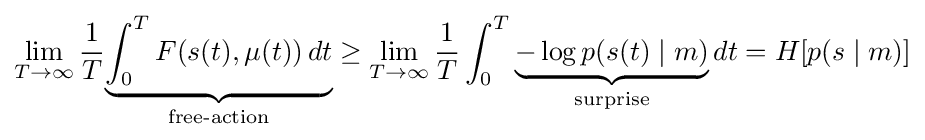
\lim _{T\to \infty }{\frac {1}{T}}{\underset {\text{free-action}}{\underbrace {\int _{0}^{T}F(s(t),\mu (t))\,dt} }}\geq \lim _{T\to \infty }{\frac {1}{T}}\int _{0}^{T}{\underset {\text{surprise}}{\underbrace {-\log p(s(t)\mid m)} }}\,dt=H[p(s\mid m)]